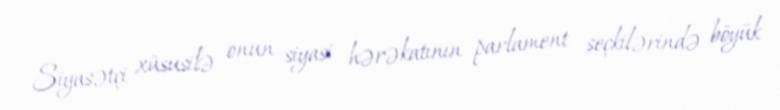
Siyasətçi xüsusilə onun siyasi hərəkatının parlament seçkilərində böyük